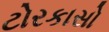
ટોરકાસો